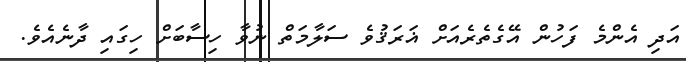
އަދި އެންމެ ފަހުން އޭގެތެރެއަށް ޣަރަޤުވެ ސަލާމަތް ނުވާ ހިސާބަށް ހިގައި ދާނެއެވެ.